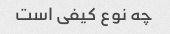
چه نوع کیفی است